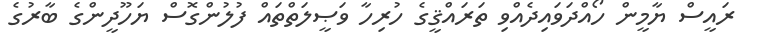
ރައީސް ޔާމީން ހޯއްދަވައިދެއްވި ތަރައްޤީގެ ހުރިހާ ވަޞީލަތްތައް ފުލުންގޮސް ޔަހޫދީންގެ ބާރުގެ